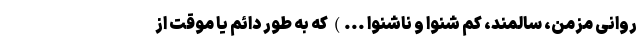
روانی مزمن، سالمند، کم شنوا و ناشنوا ...) که به طور دائم یا موقت از